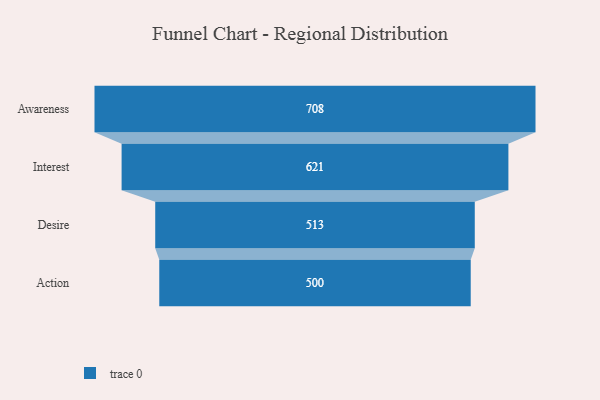
{"axis": {"x": "Stage", "y": "Value"}, "legend": [""], "data": [{"x": "Awareness", "y": 708.0, "type": ""}, {"x": "Interest", "y": 621.0, "type": ""}, {"x": "Desire", "y": 513.0, "type": ""}, {"x": "Action", "y": 500, "type": ""}]}